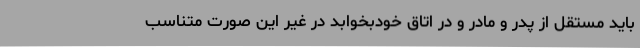
باید مستقل از پدر و مادر و در اتاق خودبخوابد در غیر این صورت متناسب